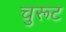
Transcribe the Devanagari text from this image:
चुरूट